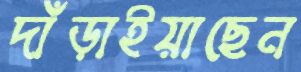
দাঁড়াইয়াছেন